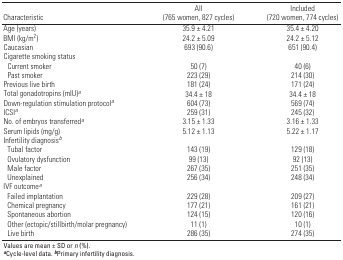
<table><thead><tr><td><b>Characteristic</b></td><td><b>All (765 women, 827 cycles)</b></td><td><b>Included (720 women, 774 cycles)</b></td></tr></thead><tbody><tr><td>Age (years) </td><td></td><td>35.9 ± 4.21</td><td></td><td>35.4 ± 4.20</td></tr><tr><td>BMI (kg/m<sup>2</sup>)</td><td></td><td>24.2 ± 5.09</td><td></td><td>24.2 ± 5.12</td></tr><tr><td>Caucasian</td><td></td><td>693 (90.6)</td><td></td><td>651 (90.4)</td></tr><tr><td>Cigarette smoking status </td><td></td><td></td><td></td><td></td></tr><tr><td>Current smoker</td><td></td><td>50 (7)</td><td></td><td>40 (6)</td></tr><tr><td>Past smoker</td><td></td><td>223 (29)</td><td></td><td>214 (30)</td></tr><tr><td>Previous live birth</td><td></td><td>181 (24)</td><td></td><td>171 (24)</td></tr><tr><td>Total gonadotropins (mIU)<i>a</i></td><td></td><td>34.4 ± 18</td><td></td><td>34.4 ± 18</td></tr><tr><td>Down-regulation stimulation protocol<i>a</i></td><td></td><td>604 (73)</td><td></td><td>569 (74)</td></tr><tr><td>ICSI<i>a</i></td><td></td><td>259 (31)</td><td></td><td>245 (32)</td></tr><tr><td>No. of embryos transferred<i>a</i></td><td></td><td>3.15 ± 1.33</td><td></td><td>3.16 ± 1.33</td></tr><tr><td>Serum lipids (mg/g) </td><td></td><td>5.12 ± 1.13</td><td></td><td>5.22 ± 1.17</td></tr><tr><td>Infertility diagnosis<i>b</i></td><td></td><td></td><td></td><td></td></tr><tr><td>Tubal factor</td><td></td><td>143 (19)</td><td></td><td>129 (18)</td></tr><tr><td>Ovulatory dysfunction</td><td></td><td>99 (13)</td><td></td><td>92 (13)</td></tr><tr><td>Male factor</td><td></td><td>267 (35)</td><td></td><td>251 (35)</td></tr><tr><td>Unexplained</td><td></td><td>256 (34)</td><td></td><td>248 (34)</td></tr><tr><td>IVF outcome<i>a</i></td><td></td><td></td><td></td><td></td></tr><tr><td>Failed implantation</td><td></td><td>229 (28)</td><td></td><td>209 (27)</td></tr><tr><td>Chemical pregnancy</td><td></td><td>177 (21)</td><td></td><td>161 (21)</td></tr><tr><td>Spontaneous abortion</td><td></td><td>124 (15)</td><td></td><td>120 (16)</td></tr><tr><td>Other (ectopic/stillbirth/molar pregnancy)</td><td></td><td>11 (1)</td><td></td><td>10 (1)</td></tr><tr><td>Live birth</td><td></td><td>286 (35)</td><td></td><td>274 (35)</td></tr><tr><td colspan="5">Values are mean ± SD or <i>n</i> (%). <b>a</b>Cycle-leveldata. <b>b</b>Primary infertility diagnosis.</td></tr></tbody></table>